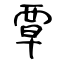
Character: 覃